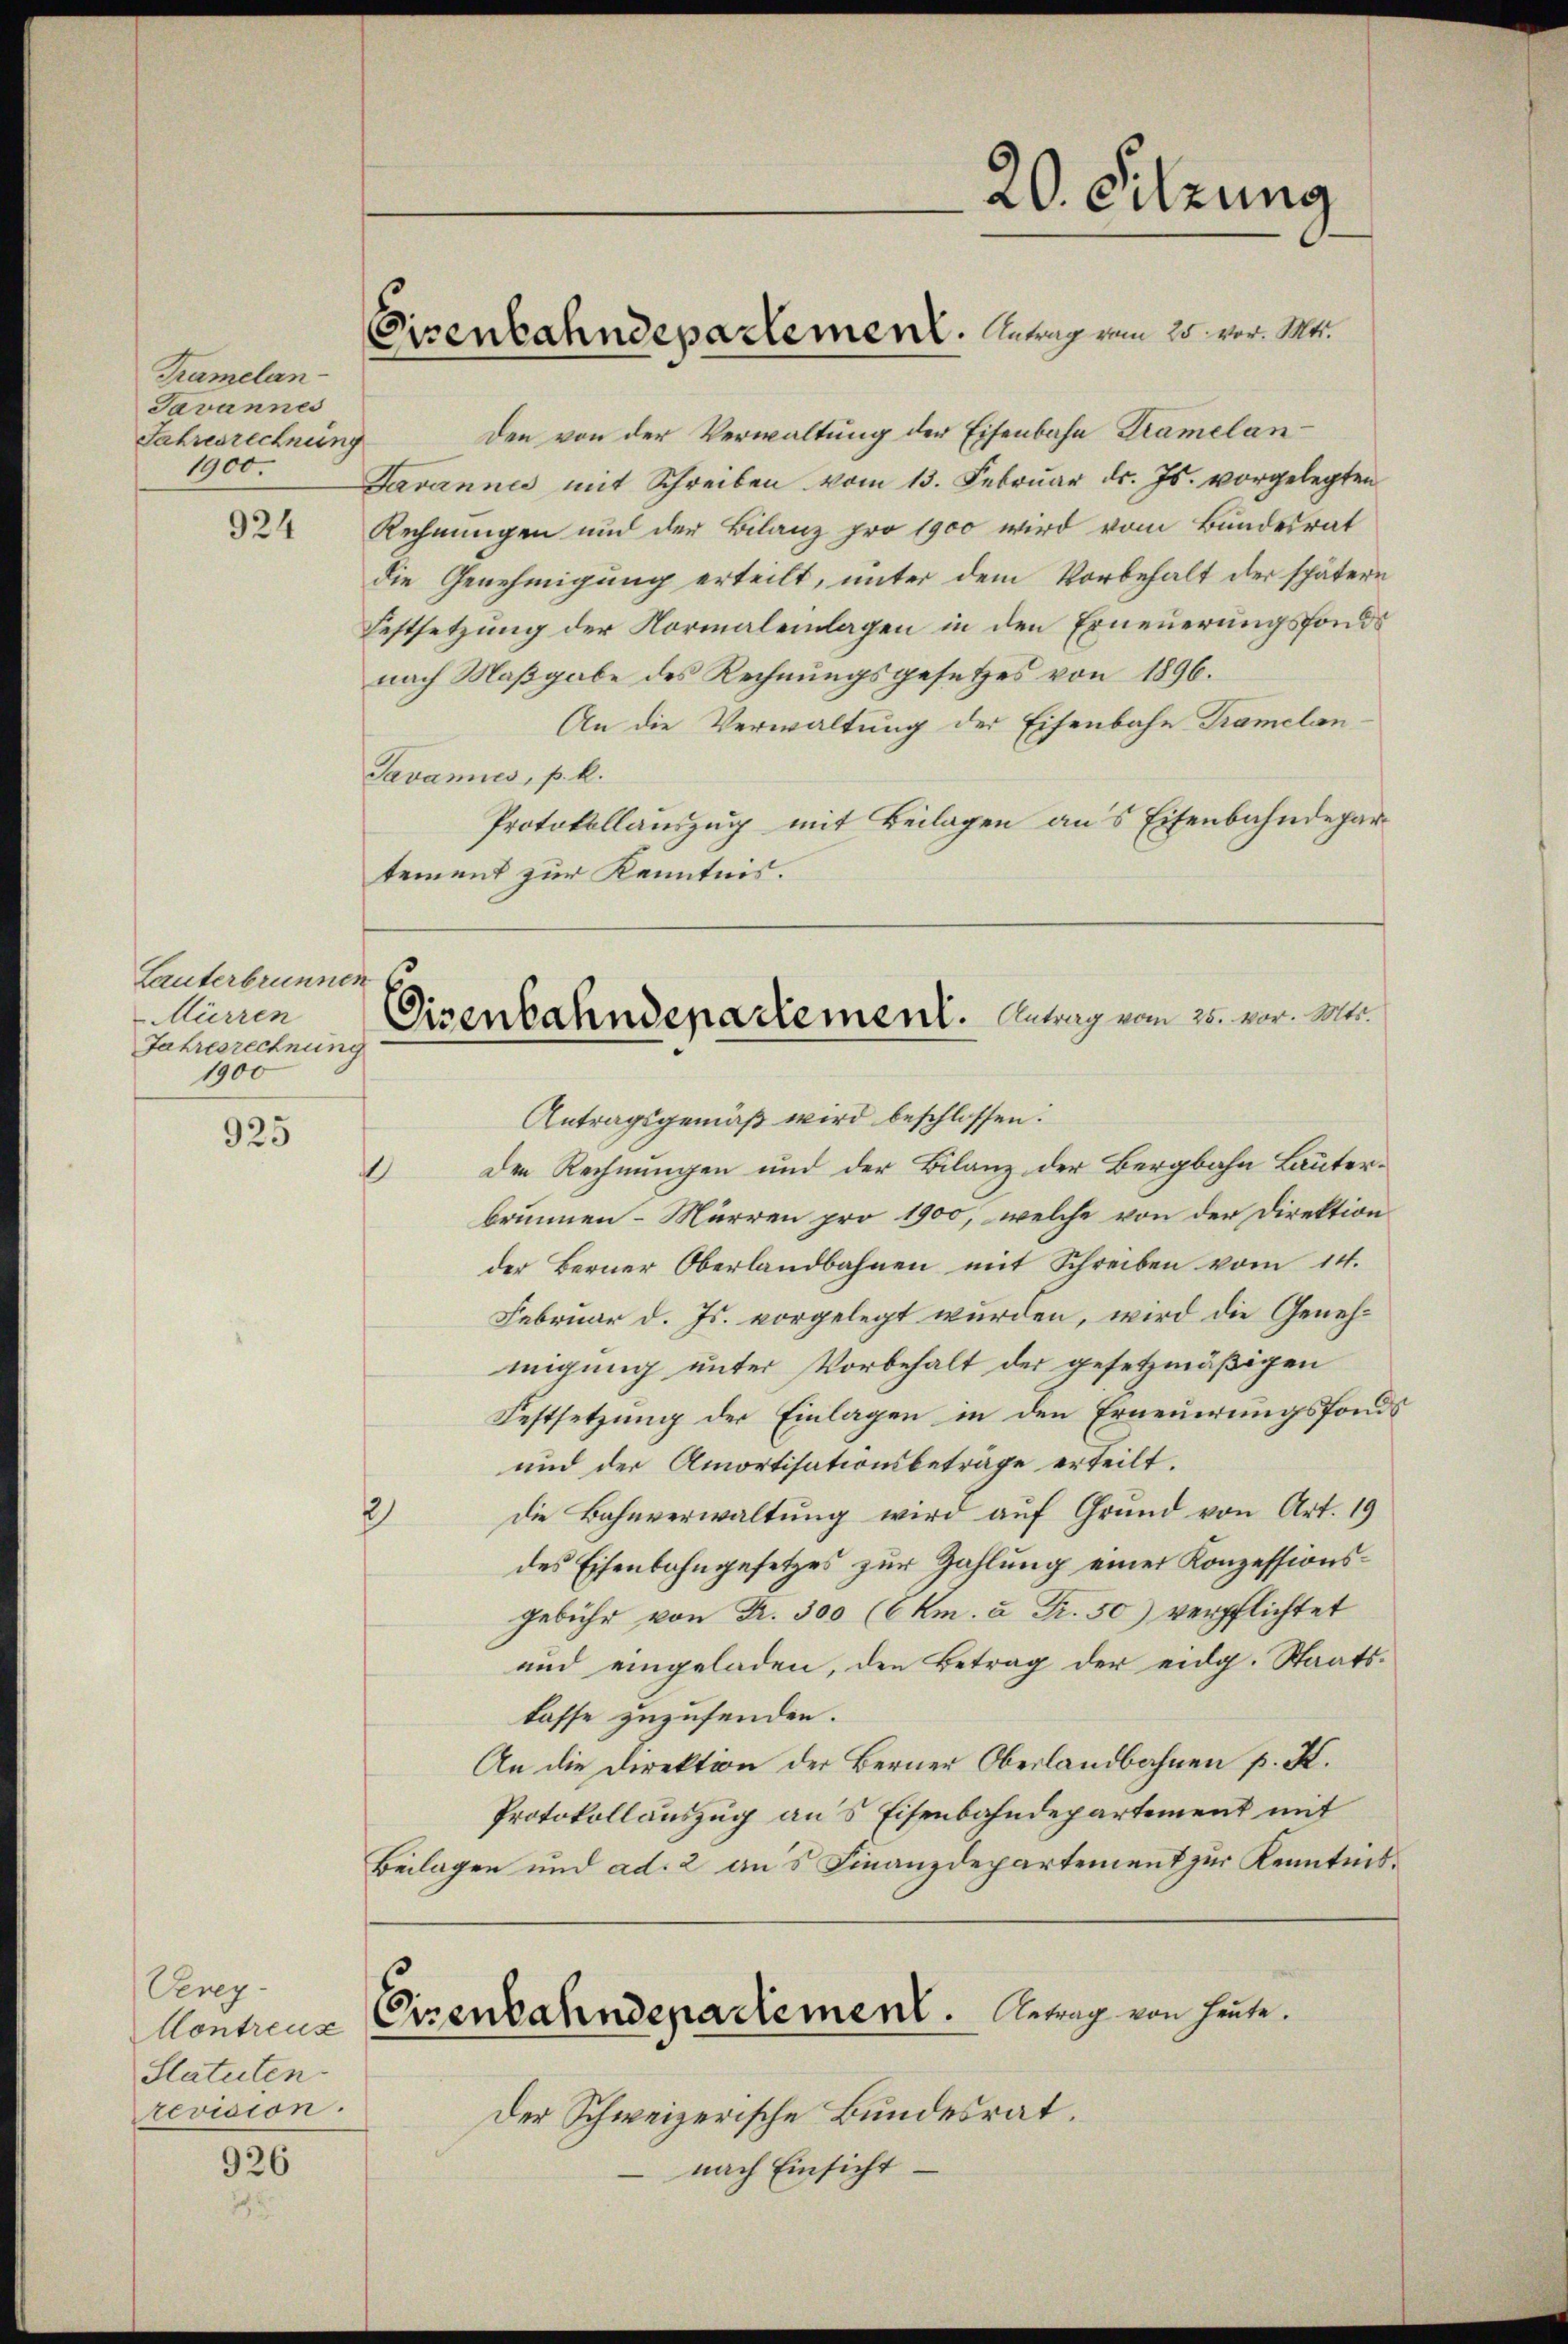
Tramelan¬
Javannes
Jahrenrechnung
1900.

924

Lauterbrunnen
Mürren
Jahresrechnung
1900

925

Vevey-
Statuten.
revision.

926

Eisenbahndepartement. Mangen 25 vor. Me

Den von der Verwaltung der Eisenbahn Kramelan
Javannes mit Schreiben vom 13. Februar d. Js. vorgelegten
Rechnungen und der Bilanz pro 1900 wird vom Bundesrat
die Genehmigung erteilt, unter dem Vorbehalt der spätern
Festsetzung der Normaleilagen in den Erneuerungsfonds
nach Maßgabe des Rechnungsgesetzes von 1896.
An die Verwaltung der Eisenbahn Dramelan¬
Javannes, p. k.
Protokollauszug mit Beilagen aus Eisenbahndepar
tement zur Kenntnis.

Eisenbahndepartement. Antrag vom 25. vor. Mts.
Antragsgemäß wird beschlossen:

d

2

s

den Rechnungen und der Bilanz der Bergbahn Lauterbrunnen- Mürren pro 1900, welche von der Direktion
der Berner Oberlandbahnen mit Schreiben vom 14.
Februar d. Js. vorgelegt wurden, wird die Genehmigung unter Vorbehalt der gesetzmäßigen
Festsetzung der Einlagen in den Erneuerungsfonds
und der Amortisationsbeträge erteilt.
Die Bahnverwaltung wird auf Grund von Art. 19
des Eisenbahngesetzes zur Zahlung einer Konzessionsgebühr von Fr. 300 (CKm. à Fr. 50) verpflichtet
und eingeladen, den Betrag der eidg. Staatslasse zuzusenden.
An die Direktion der Berner Oberlandbahnen p. K.
Protokollauszug aus Eisenbahndepartement mit
Beilagen und ad. 2 aus Finanzdepartement zur Kenntnis¬
Contreue Erzenbahndepadiement. Antrag von heute.
Der Schweizerische Bundesrat.
nach Einsicht.

20. Sitzung